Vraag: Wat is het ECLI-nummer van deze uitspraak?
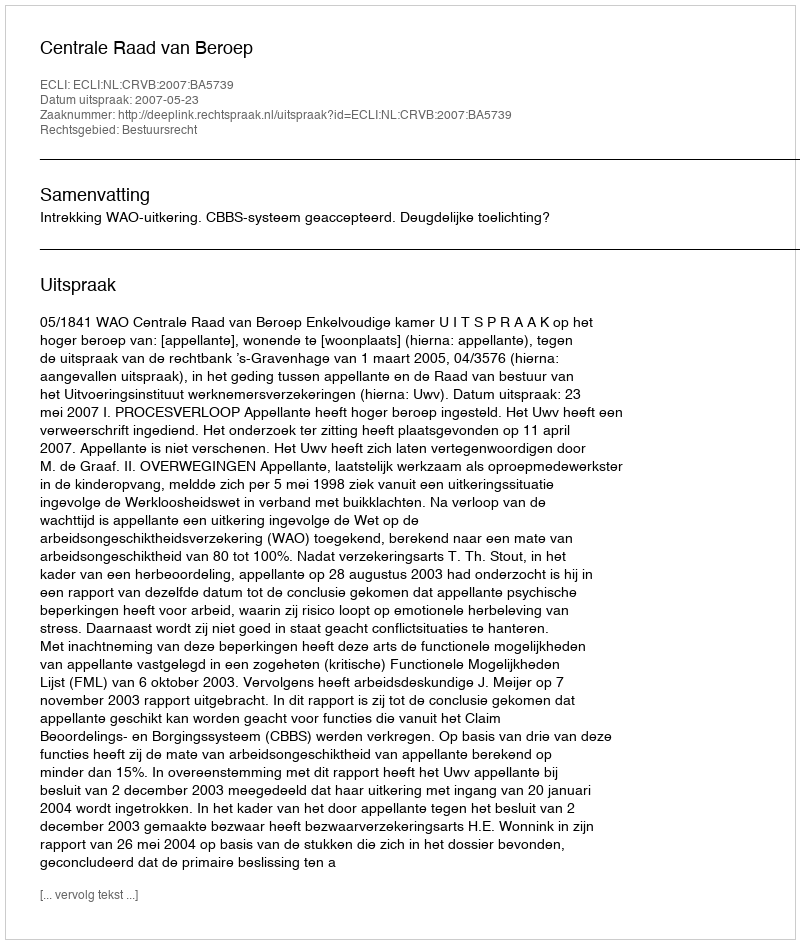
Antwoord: ECLI:NL:CRVB:2007:BA5739